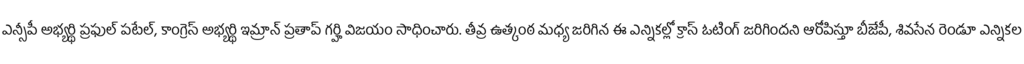
ఎన్సీపీ అభ్యర్థి ప్రఫుల్ పటేల్, కాంగ్రెస్ అభ్యర్థి ఇమ్రాన్ ప్రతాప్ గర్హి విజయం సాధించారు. తీవ్ర ఉత్కంఠ మధ్య జరిగిన ఈ ఎన్నికల్లో క్రాస్ ఓటింగ్ జరిగిందని ఆరోపిస్తూ బీజేపీ, శివసేన రెండూ ఎన్నికల